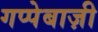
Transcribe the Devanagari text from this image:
गप्पेबाज़ी